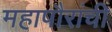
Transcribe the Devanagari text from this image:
महापौरांची